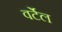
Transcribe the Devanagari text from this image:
वर्टेल